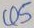
Text: Q5